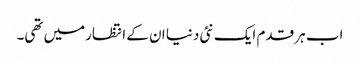
اب ہر قدم ایک نئی دنیا ان کے انتظارمیں تھی۔